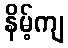
နိမ့်ကျ